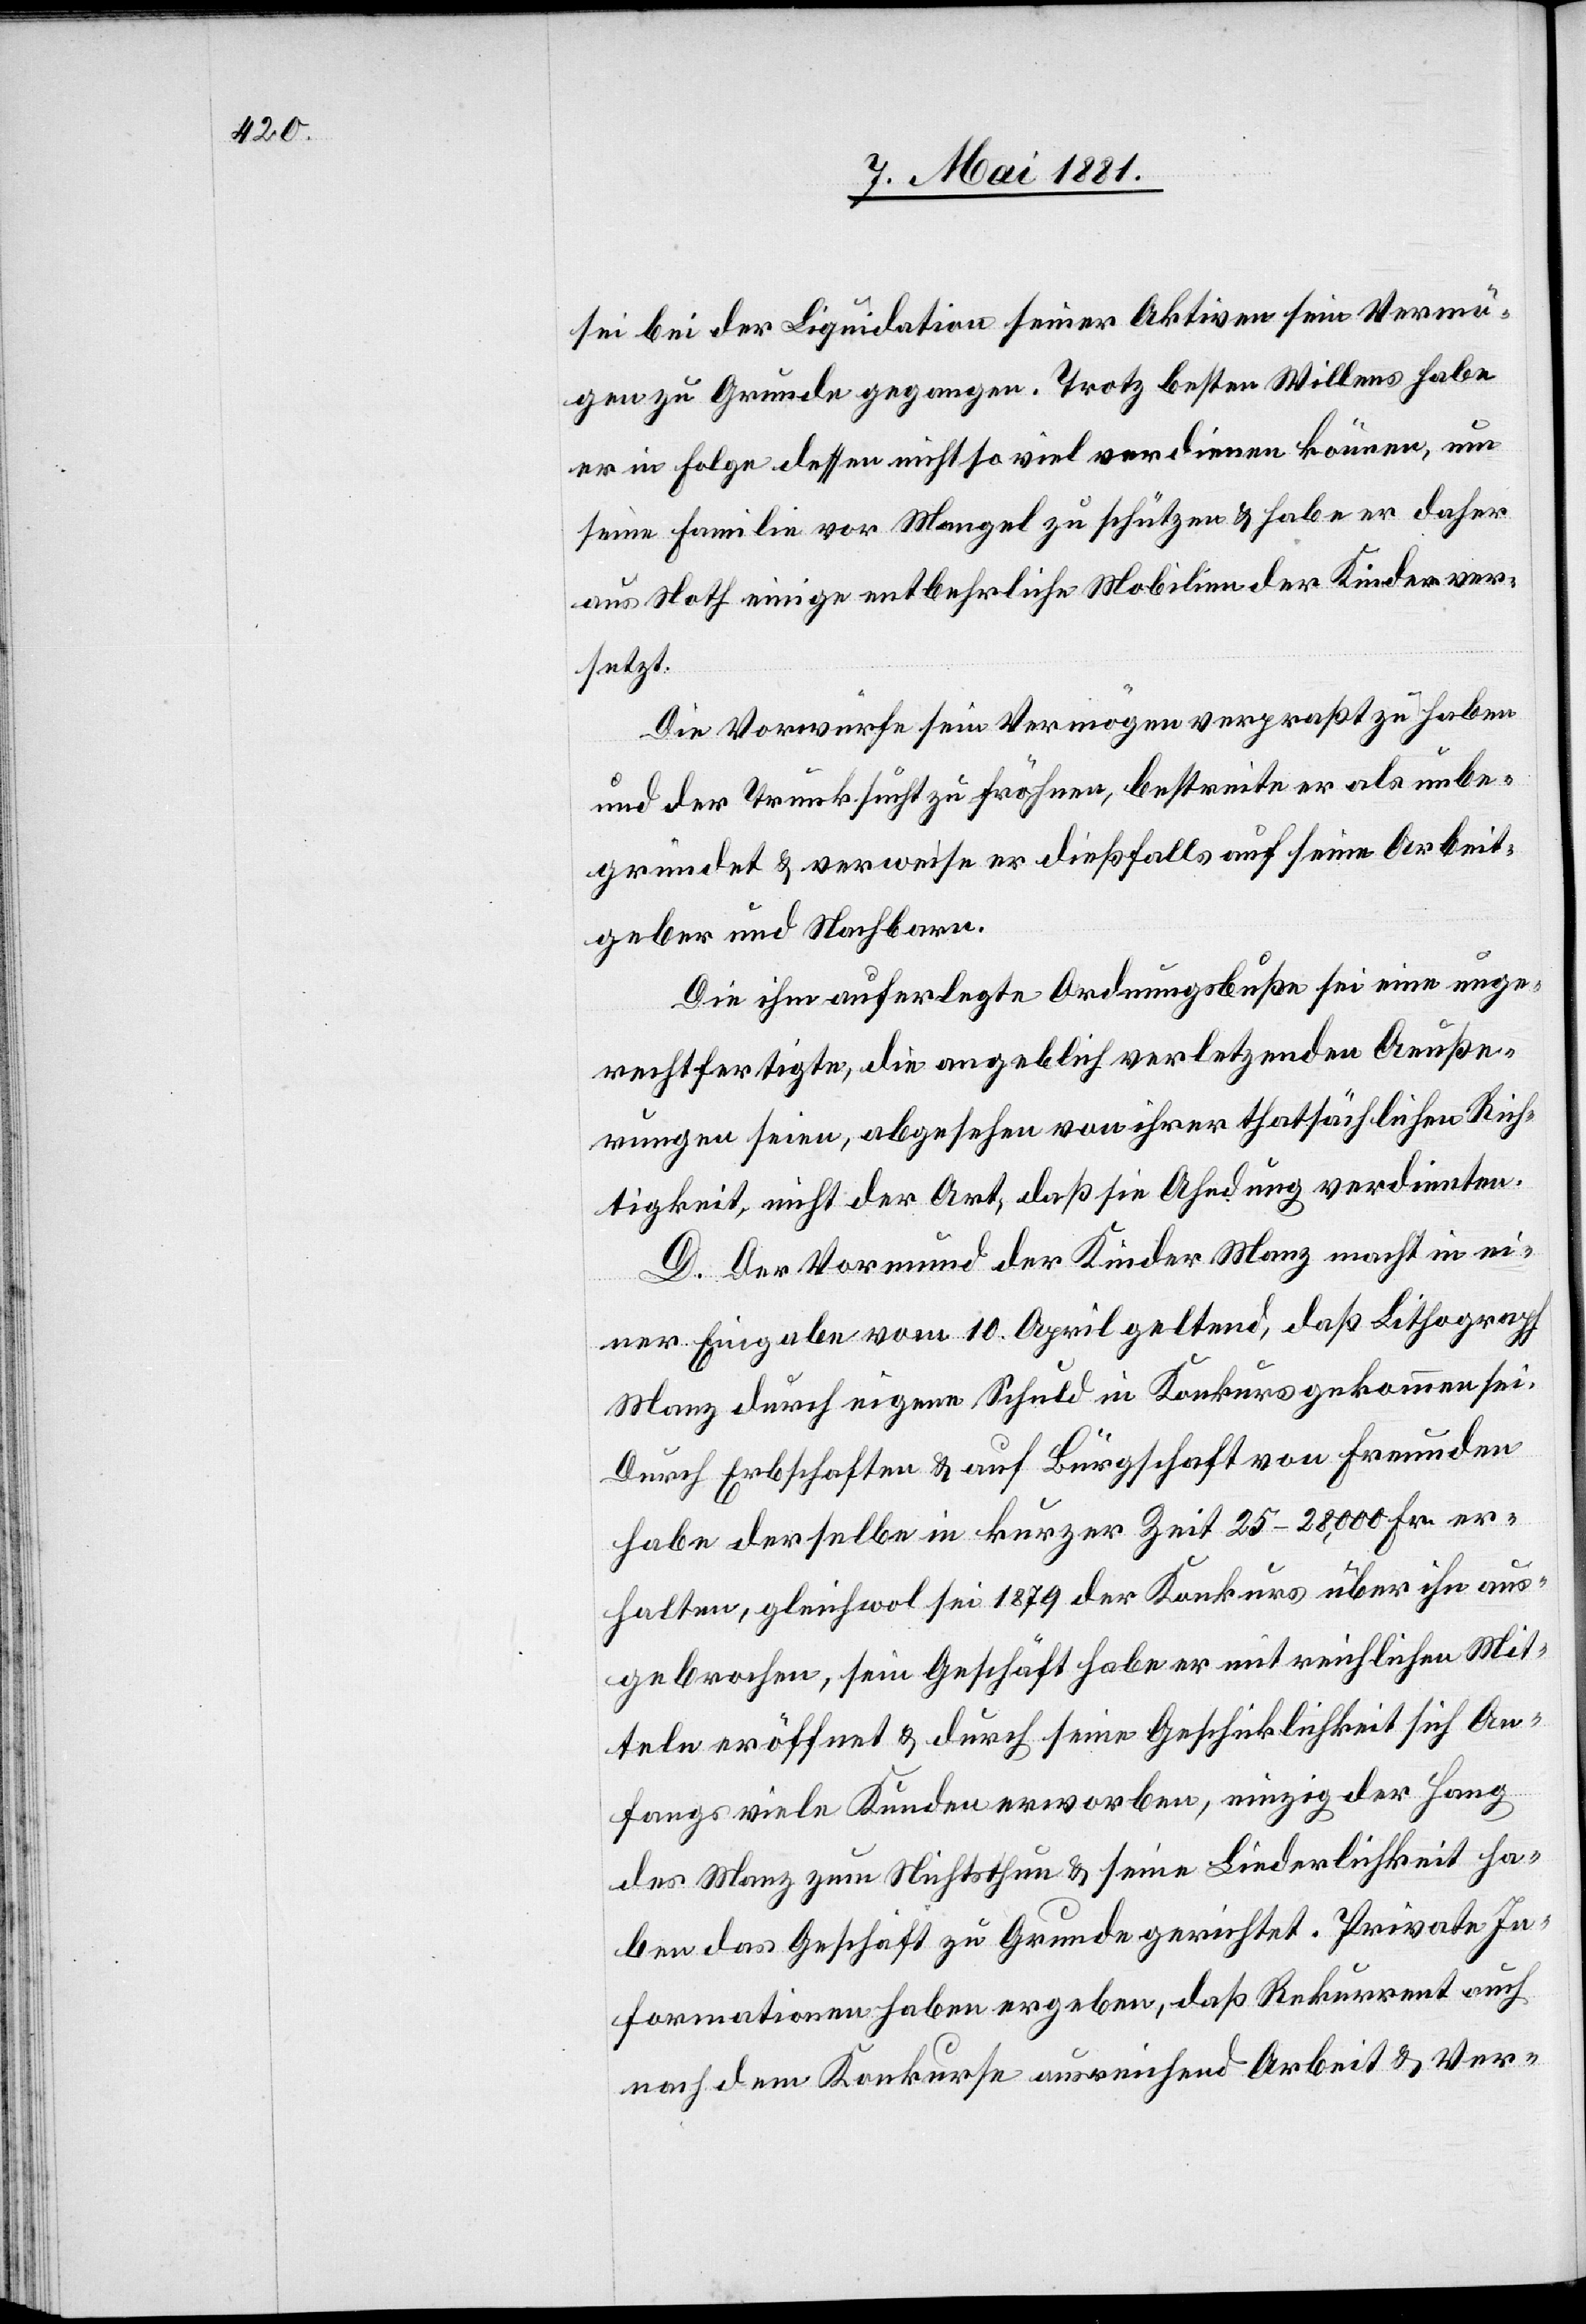
sei bei der Liquidation seiner Aktiven sein Vermö¬
gen zu Grunde gegangen. Trotz besten Willens habe
er in Folge dessen nicht so viel verdienen können, um
seine Familie vor Mangel zu schützen & habe er daher
aus Noth einige entbehrliche Mobilien der Kinder ver¬
setzt.
Die Vorwürfe sein Vermögen verpraßt zu haben
und der Trunksucht zu fröhnen, bestreite er als unbe¬
gründet & verweise er dießfalls auf seine Arbeit¬
geber und Nachbarn.
Die ihm auferlegte Ordnungsbuße sei eine unge¬
rechtfertigte, die angeblich verletzenden Aeuße¬
rungen seien, abgesehen von ihrer thatsächlichen Rich¬
tigkeit, nicht der Art, daß sie Ahndung verdienten.
D. Der Vormund der Kinder Manz macht in ei¬
ner Eingabe vom 10. April geltend, daß Lithograph
Manz durch eigene Schuld in Konkurs gekommen sei.
Durch Erbschaften & auf Bürgschaft von Freunden
habe derselbe in kurzer Zeit 25–28,000 Fr. er¬
halten, gleichwol sei 1879 der Konkurs über ihn aus¬
gebrochen, sein Geschäft habe er mit reichlichen Mit¬
teln eröffnet & durch seine Geschicklichkeit sich An¬
fangs viele Kunden erworben, einzig der Hang
der Manz zum Nichtsthun & seine Liederlichkeit ha¬
ben das Geschäft zu Grunde gerichtet. Private In¬
formationen haben ergeben, daß Rekurrent auch
nach dem Konkurse ausreichend Arbeit & Ver-